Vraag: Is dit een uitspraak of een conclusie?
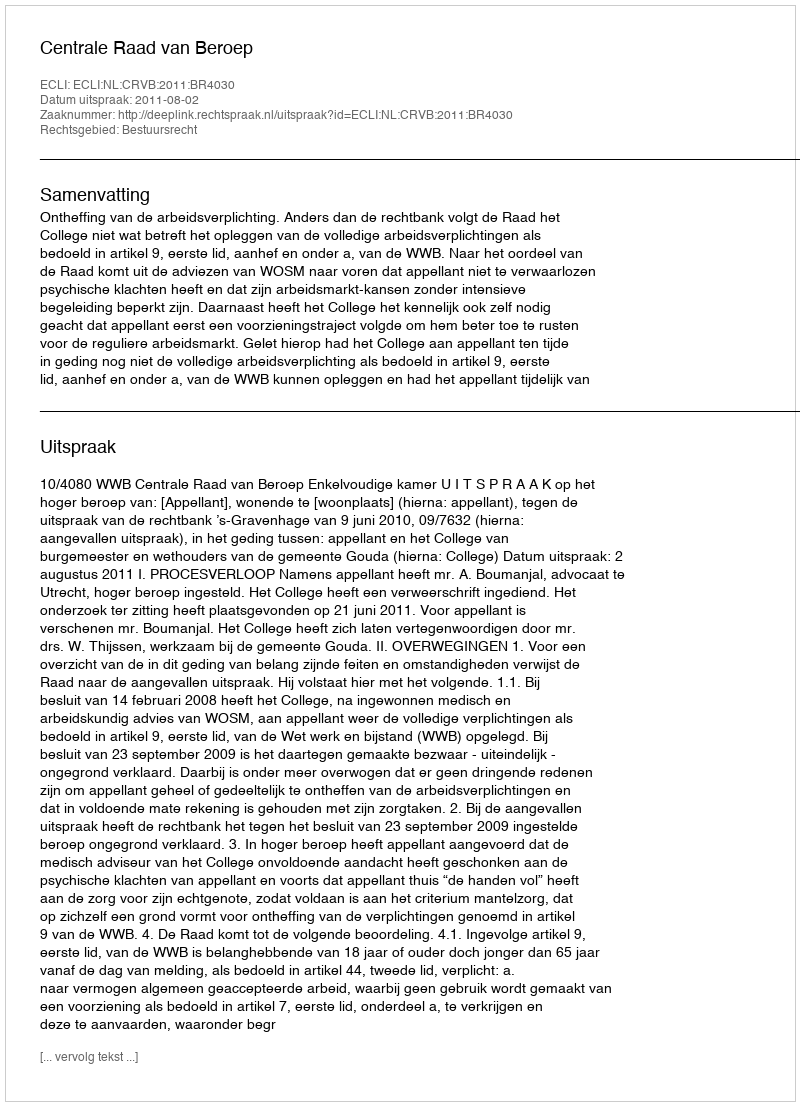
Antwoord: Uitspraak